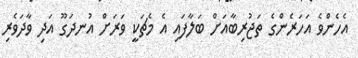
އެހެންވެ އަހަރެންގެ ތަޖުރިބާއަށް ބަލާފައި އެ މެޗަކީ ވަރަށް އުނދަގޫ އަދި ވާދަވެރި